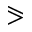
\eqslantgtr